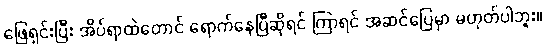
ဖြေရှင်းပြီး အိပ်ရာထဲတောင် ရောက်နေပြီဆိုရင် ကြာရင် အဆင်ပြေမှာ မဟုတ်ပါဘူး။